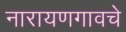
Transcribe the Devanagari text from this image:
नारायणगावचे